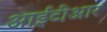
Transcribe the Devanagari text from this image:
आईटीआर